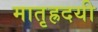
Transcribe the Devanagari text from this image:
मातृह्रदयी